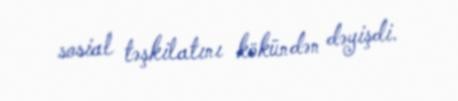
sosial təşkilatını kökündən dəyişdi.